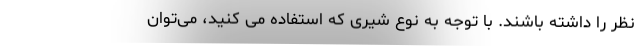
نظر را داشته باشند. با توجه به نوع شیری که استفاده می کنید، می‌توان